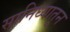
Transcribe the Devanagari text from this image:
सानिध्यातून